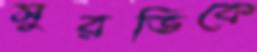
সুরভিকে